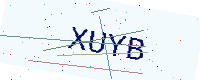
Text: XUYB